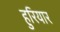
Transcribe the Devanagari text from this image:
हुरियार